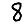
Digit: 8